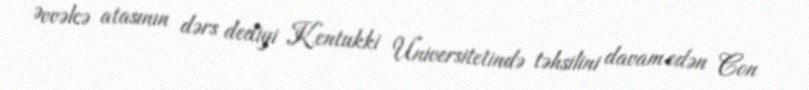
Əvvəlcə atasının dərs dediyi Kentukki Universitetində təhsilini davam edən Con